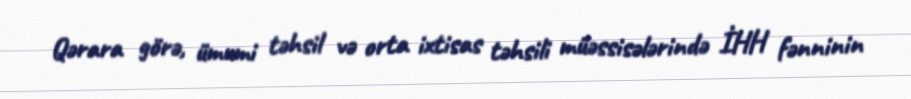
Qərara görə, ümumi təhsil və orta ixtisas təhsili müəssisələrində İHH fənninin